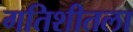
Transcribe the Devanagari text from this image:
गतिशीतला